Report on the working of the Ranchi Indian Mental Hospital, Kanke, in Bihar and Orissa - 1930-1940
Year: 1930
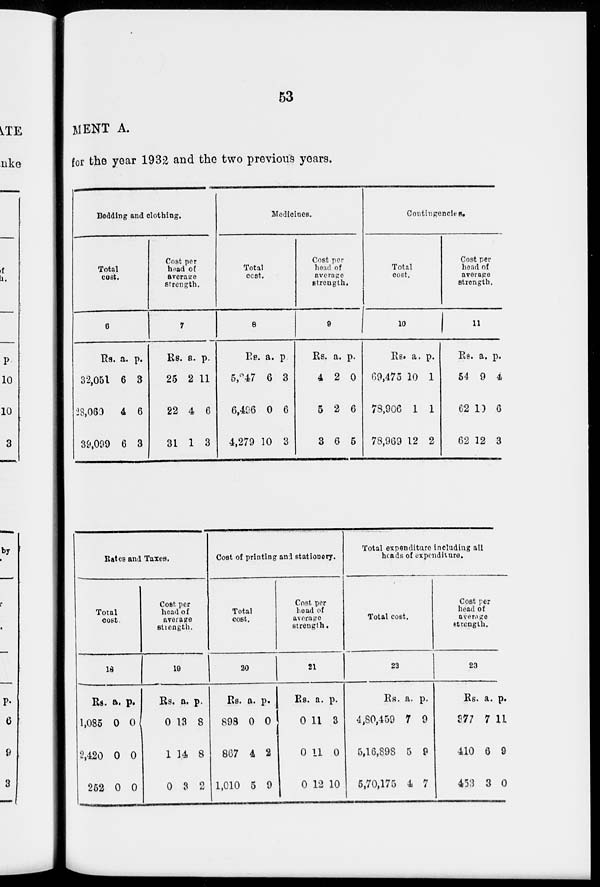
53
MENT A.
for the year 1932 and the two previous years.
Bedding and clothing.
Total
cost.
6
Rs.
32,051
28,060
39,099
a.
6
4
6
p.
3
6
3
Cost per
head of
average
strength.
7
Rs.
25
22
31
a.
2
4
1
p.
11
6
3
Medicines.
Total
cost.
8
Rs.
5,247
6,496
4,279
a.
6
0
10
p.
3
6
3
Cost per
head of
average
strength.
9
Rs.
4
5
3
a.
2
2
6
p.
0
6
5
Contingencies.
Total
cost.
10
Rs.
69,475
78,906
78,969
a.
10
1
12
p.
1
1
2
Cost per
head of
average
strength.
11
Rs.
54
62
62
a.
9
10
12
p.
4
6
3
Rates and Taxes.
Total
cost.
18
Rs.
1,085
2,420
252
a.
0
0
0
p.
0
0
0
Cost per
head of
average
strength.
19
Rs.
0
1
0
a.
13
14
3
p.
8
8
2
Cost of printing and stationery.
Total
cost.
20
Rs.
898
867
1,010
a.
0
4
5
p.
0
2
9
Cost per
head of
average
strength.
21
Rs.
0
0
0
a.
11
11
12
p.
3
0
10
Total expenditure including all
heads of expenditure.
Total cost.
22
Rs.
4,80,459
5,16,898
5,70,175
a.
7
5
4
p.
9
9
7
Cost per
head of
average
strength.
23
Rs.
377
410
453
a.
7
6
3
p.
11
9
0